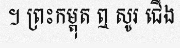
។ ព្រះកម្ពុត ឮ សូរ ជើង